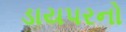
ડાયપરનો